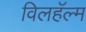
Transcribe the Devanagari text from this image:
विलहॅल्म